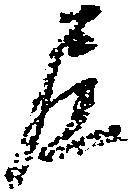
尼